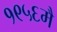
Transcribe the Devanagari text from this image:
१९५६मै